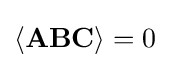
\langle \mathbf {ABC} \rangle =0